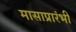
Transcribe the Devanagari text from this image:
मासाप्रारंभी